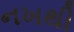
નખથી